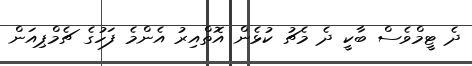
ދެ ޓީމްވެސް ބާކީ ދެ މެޗު ކުޅެން އޮތްއިރު އެންމެ ފަހުގެ ޗެމްޕިއަން